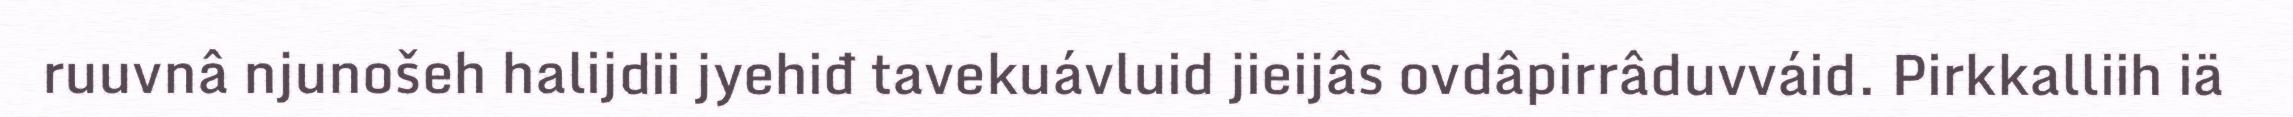
ruuvnâ njunošeh halijdii jyehiđ tavekuávluid jieijâs ovdâpirrâduvváid. Pirkkalliih iä